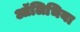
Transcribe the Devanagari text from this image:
ऑलिभिया